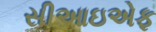
સીઆઇએફ